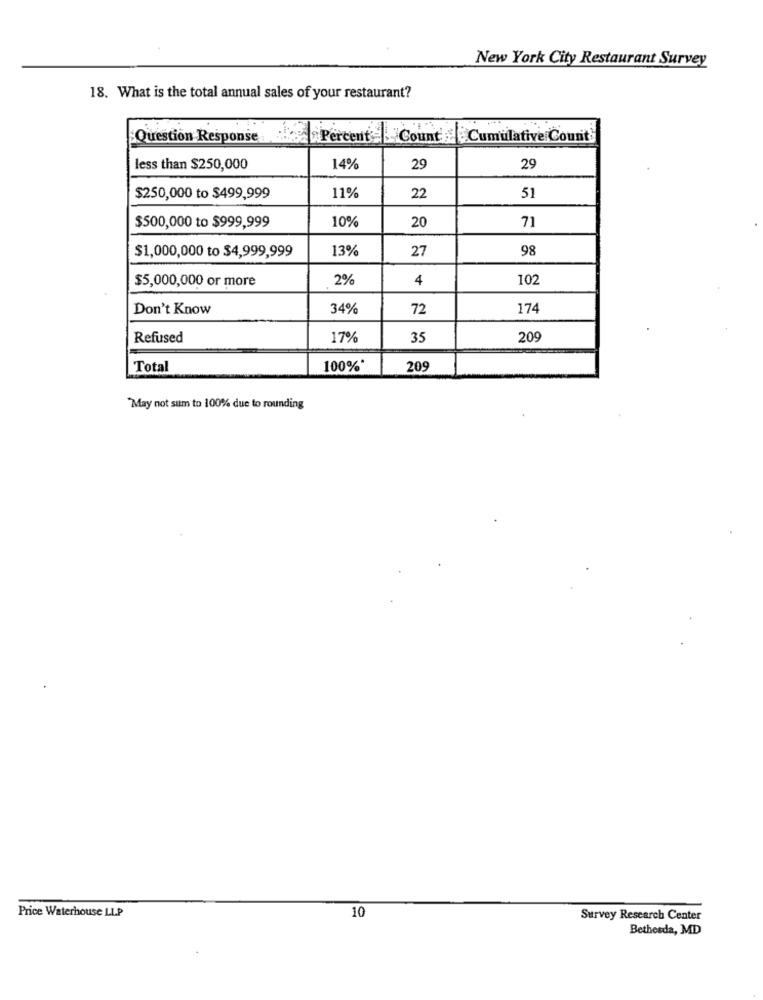
New York City Restaurant Survey
18. What is the total annual sales of your restaurant?
Question Response
3 Percent = Count
Cumulative Count
less than $250,000
14%
29
29
$250,000 to $499,999
11%
22
51
10%
$500,000 to $999,999
20
71
$1,000,000 to $4,999,999
13%
27
98
$5,000,000 or more
2
4
102
Don't Know
34%
72
174
Refused
17%
35
209
Total
100%*
20
May not sum to 100% due to rounding
Price Waterhouse LLP
10
Survey Research Center
Bethesda, MD